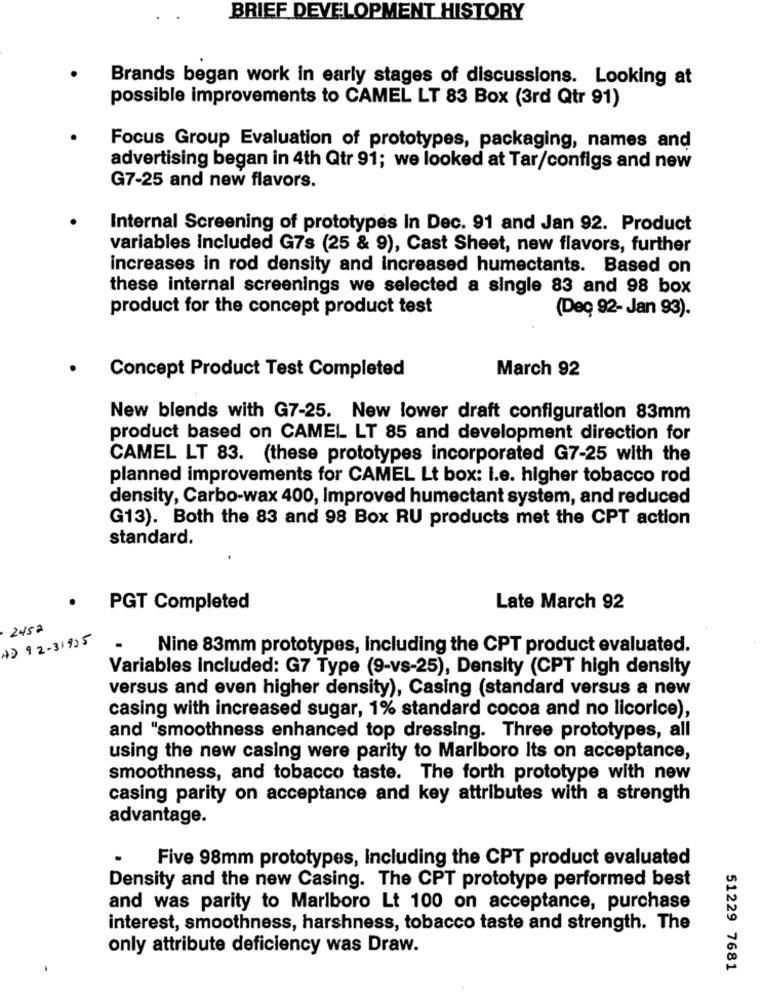
BRIEF DEVELOPMENT HISTORY
Brands began work in early stages of discussions. Looking at
possible improvements to CAMEL LT 83 Box (3rd Qtr 91)
Focus Group Evaluation of prototypes, packaging, names and
advertising began in 4th Qtr 91; we looked at Tar/configs and new
G7-25 and new flavors.
Internal Screening of prototypes In Dec. 91 and Jan 92. Product
variables included G7s (25 & 9), Cast Sheet, new flavors, further
increases in rod density and increased humectants. Based on
these internal screenings we selected a single 83 and 98 box
product for the concept product test
(Deç 92- Jan 93).
Concept Product Test Completed
March 92
New blends with G7-25. New lower draft configuration 83mm
product based on CAMEL LT 85 and development direction for
CAMEL LT 83. (these prototypes incorporated G7-25 with the
planned improvements for CAMEL Lt box: I.e. higher tobacco rod
density, Carbo-wax 400, Improved humectant system, and reduced
G13). Both the 83 and 98 Box RU products met the CPT action
standard.
.
PGT Completed
Late March 92
245a
4D 92-31925
Nine 83mm prototypes, Including the CPT product evaluated.
Variables included: G7 Type (9-vs-25), Density (CPT high density
versus and even higher density), Casing (standard versus a new
casing with increased sugar, 1% standard cocoa and no licorice),
and "smoothness enhanced top dressing. Three prototypes, all
using the new casing were parity to Marlboro Its on acceptance,
smoothness, and tobacco taste. The forth prototype with new
casing parity on acceptance and key attributes with a strength
advantage.
Five 98mm prototypes, including the CPT product evaluated
Density and the new Casing. The CPT prototype performed best
and was parity to Marlboro Lt 100 on acceptance, purchase
interest, smoothness, harshness, tobacco taste and strength. The
only attribute deficiency was Draw.
51229 7681